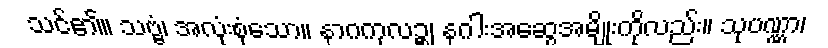
သင်၏။ သဗ္ဗံ၊ အလုံးစုံသော။ နာဂကုလဉ္စ၊ နဂါးအဆွေအမျိုးကိုလည်း။ သုပဏ္ဏာ၊